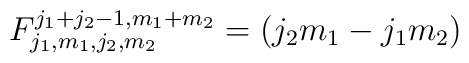
F_{j_{1},m_{1},j_{2},m_{2}}^{j_{1} + j_{2} -1,m_{1}+m_{2}}  =(j_2 m_1 -j_1 m_2)